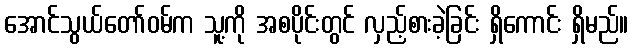
အောင်သွယ်တော်ဝမ်က သူ့ကို အစပိုင်းတွင် လှည့်စားခဲ့ခြင်း ရှိကောင်း ရှိမည်။